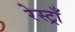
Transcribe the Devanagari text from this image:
रेस्ट्राँ